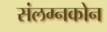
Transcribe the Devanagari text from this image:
संलग्नकोन